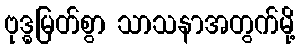
ဗုဒ္ဓမြတ်စွာ သာသနာအတွက်မို့